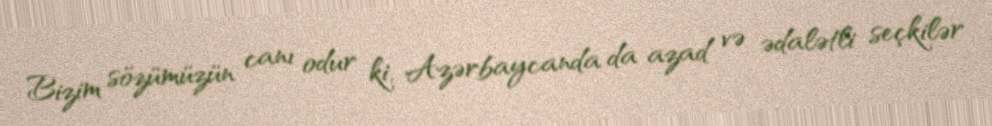
Bizim sözümüzün canı odur ki, Azərbaycanda da azad və ədalətli seçkilər